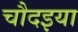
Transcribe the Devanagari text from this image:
चौदइया